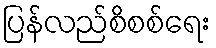
ပြန်လည်စိစစ်ရေး